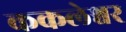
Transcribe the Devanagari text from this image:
ककलेश्वर